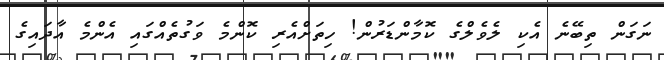
ނަގަން ތިބޭނެ އެކި ލެވެލްގެ ކޮމާންޑަރުން! ހިތަށްއެރި ކޮންމެ ވަގުތެއްގައި އެންމެ އާދައިގެ